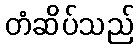
တံဆိပ်သည်